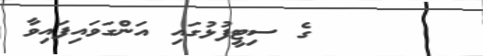
ގެ ސިޓީފުޅުގައި އަންގަވައިފައިވާ